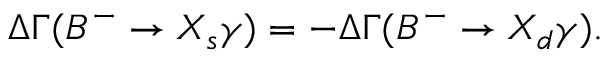
\Delta \Gamma ( B ^ { - } \to X _ { s } \gamma ) = - \Delta \Gamma ( B ^ { - } \to X _ { d } \gamma ) .